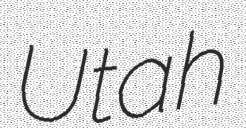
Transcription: Utah